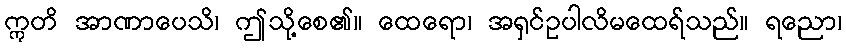
ဣတိ အာဏာပေသိ၊ ဤသို့စေ၏။ ထေရော၊ အရှင်ဥပါလိမထေရ်သည်။ ရညော၊